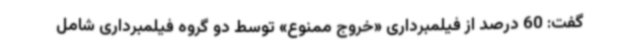
گفت: 60 درصد از فیلمبرداری «خروج ممنوع» توسط دو گروه فیلمبرداری شامل